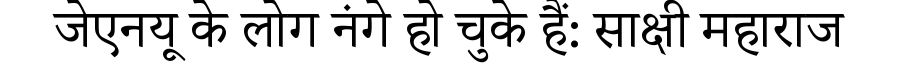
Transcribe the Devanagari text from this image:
जेएनयू के लोग नंगे हो चुके हैं: साक्षी महाराज